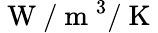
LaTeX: \mathrm{~W~}/\mathrm{~m~}^{3}/\mathrm{~K~}